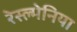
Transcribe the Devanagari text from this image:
रेस्ल्मेनिया